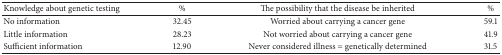
| Knowledge about genetic testing | % | The possibility that the disease be inherited | % |
 | --- | --- | --- | --- |
 | No information | 32.45 | Worried about carrying a cancer gene | 59.1 |
 | Little information | 28.23 | Not worried about carrying a cancer gene | 41.9 |
 | Sufficient information | 12.90 | Never considered illness = genetically determined | 31.5 |